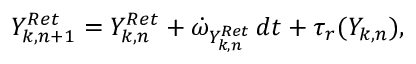
Y _ { k , n + 1 } ^ { R e t } = Y _ { k , n } ^ { R e t } + \dot { \omega } _ { Y _ { k , n } ^ { R e t } } \, d t + \tau _ { r } ( Y _ { k , n } ) ,